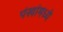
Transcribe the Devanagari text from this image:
पंखांमध्ये